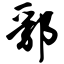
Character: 郛